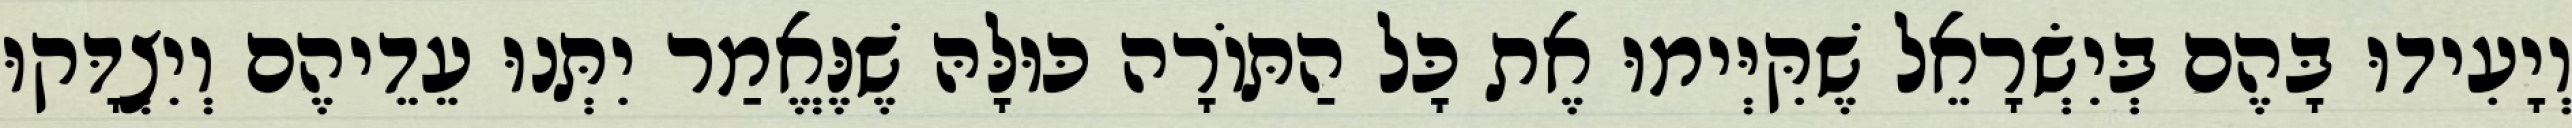
וְיָעִידוּ בָּהֶם בְּיִשְׂרָאֵל שֶׁקִּיְּימוּ אֶת כָּל הַתּוֹרָה כּוּלָּהּ שֶׁנֶּאֱמַר יִתְּנוּ עֵדֵיהֶם וְיִצְדָּקוּ